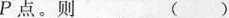
P点。则 ()